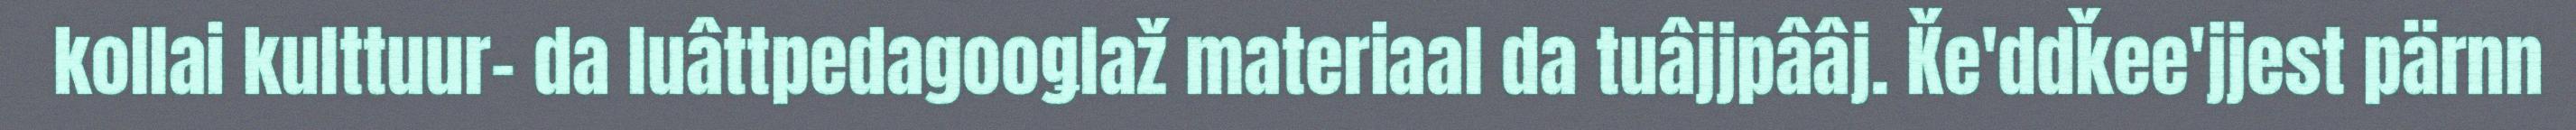
kollai kulttuur- da luâttpedagooǥlaž materiaal da tuâjjpââj. Ǩe'ddǩee'jjest pärnn